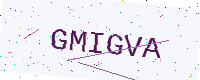
Text: GMIGVA